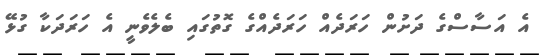
އެ އަސާސްގެ ދަށުން ހަރަދެއް ހަރަދެއްގެ ގޮތުގައި ބެލެވެނީ އެ ހަރަދަކާ ގުޅޭ